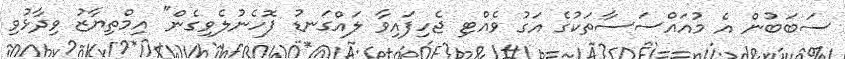
ސަބަބުން އެ މުއައްސަސާތަކުގެ އަގު ވެއްޓި ޖެހިފައިވާ ލައްގަނޑު ފޮހެނުލެވިގެން" އިމްތިޔާޒު ވިދާޅުވި